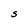
Character: S